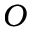
O